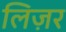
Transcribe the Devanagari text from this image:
लिज़र